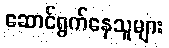
ဆောင်ရွက်နေသူများ